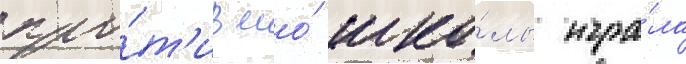
про́т'ив его́ шко́лы игра́ла